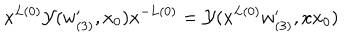
x ^ { L ( 0 ) } { \cal Y } ( w _ { ( 3 ) } ^ { \prime } , x _ { 0 } ) x ^ { - L ( 0 ) } = { \cal Y } ( x ^ { L ( 0 ) } w _ { ( 3 ) } ^ { \prime } , x x _ { 0 } )